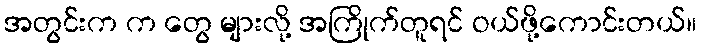
အတွင်းက က တွေ များလို့ အကြိုက်တူရင် ဝယ်ဖို့ကောင်းတယ်။